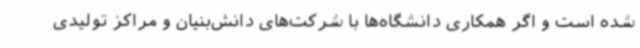
شده است و اگر همکاری دانشگاه‌ها با شرکت‌های دانش‌بنیان و مراکز تولیدی